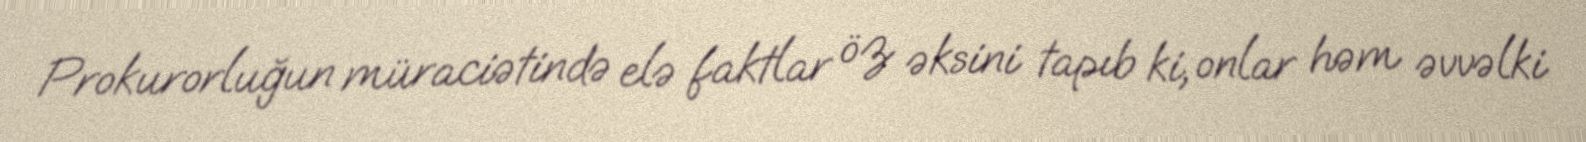
Prokurorluğun müraciətində elə faktlar öz əksini tapıb ki, onlar həm əvvəlki